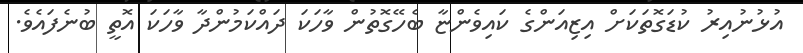
އުޅުނުއިރު ކުޑަގޮތަކަށް އިޒިއަންގެ ކައިވެންޏާ ބެހޭގޮތުން ވާހަކަ ދައްކަމުންދާ ވާހަކަ އޮތީ ބުނެފައެވެ.